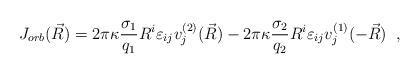
LaTeX: \begin{align*} J_{orb}(\vec{R})=2\pi\kappa\frac{\sigma_{1}}{q_{1}}R^{i} \varepsilon_{ij}v_{j}^{(2)}(\vec{R}) -2\pi\kappa\frac{\sigma_{2}}{q_{2}}R^{i} \varepsilon_{ij}v_{j}^{(1)}(-\vec{R})\;\;,\end{align*}